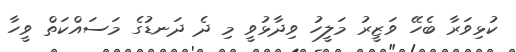
ކުޅިވަރާ ބެހޭ ވަޒީރު މަލީހު ވިދާޅުވީ މި ދެ ދަނޑުގެ މަސައްކަތް ވީހާ